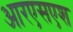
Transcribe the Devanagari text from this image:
आरएसएश